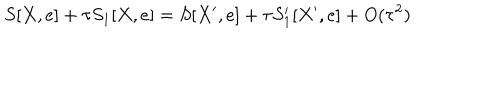
S [ X , e ] + \tau S _ { 1 } [ X , e ] = S [ X ^ { \prime } , e ] + \tau S _ { 1 } ^ { \prime } [ X ^ { \prime } , e ] + O ( \tau ^ { 2 } )